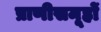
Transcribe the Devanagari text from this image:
प्राणीसमूहों